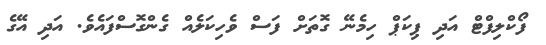
ފޯކްލިފްޓް އަދި ޕިކަޕް ހިމެނޭ ގޮތަށް ފަސް ވެހިކަލެއް ގެންގޮސްފައެވެ. އަދި އޭގެ